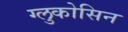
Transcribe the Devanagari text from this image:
ग्लुकोसिन